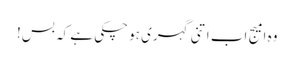
وہ امیج اب اتنی گہری ہو چکی ہے کہ بس!